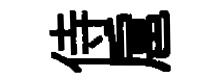
侍扈